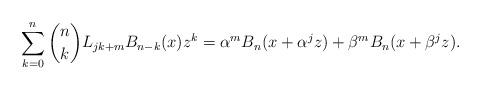
LaTeX: \begin{align*}\sum_{k = 0}^n {\binom nkL_{jk + m} B_{n - k} (x)z^k } = \alpha^m B_n(x + \alpha ^j z) + \beta^m B_n (x + \beta ^j z).\end{align*}